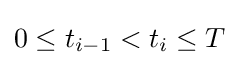
0\leq t_{i-1}<t_{i}\leq T